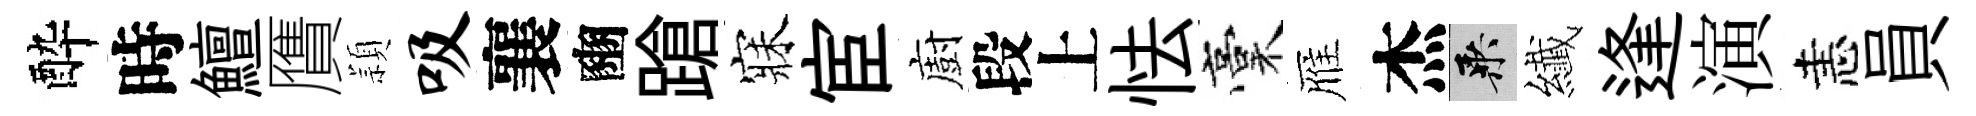
酔時鱣贋頴吸襄豳蹌寐宦廚段上怯稾雁杰乘纎逢演恚員